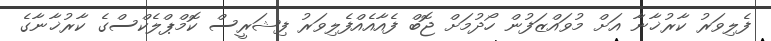
ފެލިވަރު ކާރުޚާނާ އަށް މުވައްޒަފުން ހޯދުމަށް ޖޮބް ފެއާއެއްފެލިވަރު ފިޝަރީސް ކޮމްޕްލެކްސްގެ ކާރުޚާނާގެ